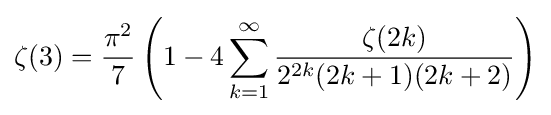
\zeta (3)={\frac {\pi ^{2}}{7}}\left(1-4\sum _{k=1}^{\infty }{\frac {\zeta (2k)}{2^{2k}(2k+1)(2k+2)}}\right)